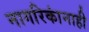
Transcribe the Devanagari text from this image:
नागरिकांनाही